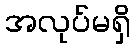
အလုပ်မရှိ